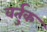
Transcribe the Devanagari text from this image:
वर्तुक